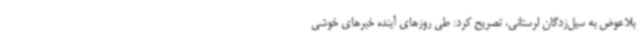
بلاعوض به سیل‌زدگان لرستانی، تصریح کرد: طی روزهای آینده خبرهای خوشی